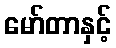
မော်တာနှင့်